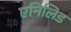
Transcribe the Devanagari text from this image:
एनिलिड